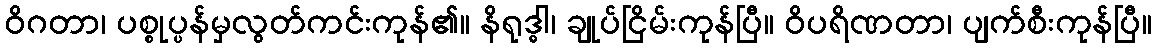
ဝိဂတာ၊ ပစ္စုပ္ပန်မှလွတ်ကင်းကုန်၏။ နိရုဒ္ဓါ၊ ချုပ်ငြိမ်းကုန်ပြီ။ ဝိပရိဏတာ၊ ပျက်စီးကုန်ပြီ။